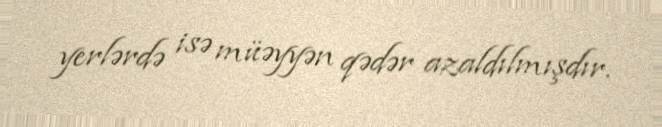
yerlərdə isə müəyyən qədər azaldılmışdır.